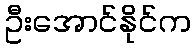
ဦးအောင်နိုင်က